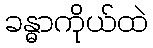
ခန္ဓာကိုယ်ထဲ